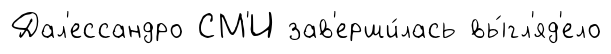
Дал'ессандро СМ'И зав'ерши́лась вы́гл'яд'ело